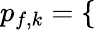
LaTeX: \begin{array}{r}{p_{f,k}=\left\{ \begin{array}{rlrl}\end{array}\right.}\end{array}